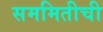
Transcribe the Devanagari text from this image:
सममितीची